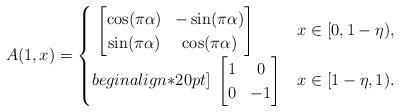
LaTeX: \begin{align*}A(1,x) = \begin{cases} \ \begin{bmatrix}\cos(\pi\alpha) & -\sin(\pi\alpha) \\\sin(\pi\alpha) & \cos(\pi\alpha)\end{bmatrix} & x \in [0,1-\eta), \\begin{align*}20pt]\ \begin{bmatrix}1 & 0 \\0 & -1\end{bmatrix} & x \in [1-\eta,1).\end{cases}\end{align*}